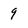
Character: 9